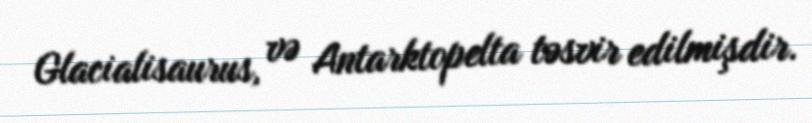
Glacialisaurus, və Antarktopelta təsvir edilmişdir.